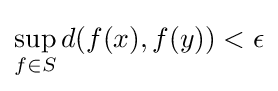
\sup _{f\in S}d(f(x),f(y))<\epsilon